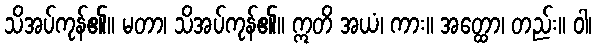
သိအပ်ကုန်၏။ မတာ၊ သိအပ်ကုန်၏။ ဣတိ အယံ၊ ကား။ အတ္ထော၊ တည်း။ ဝါ၊